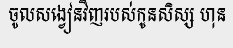
ចូលសង្វៀនវិញរបស់កូនសិស្ស ហុន